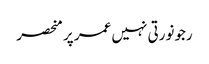
رجونورتی نہیں عمر پر منحصر